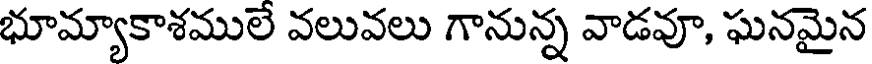
భూమ్యాకాశములే వలువలు గానున్న వాడవూ, ఘనమైన